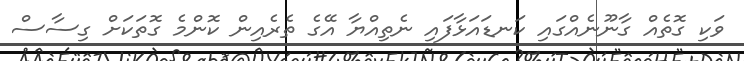
ވަކި ގޮތެއް ގާނޫނެއްގައި ކަނޑައަޅާފައި ނެތިއްޔާ އޭގެ ތެރެއިން ކޮންމެ ގޮތަކަށް ގިސާސް